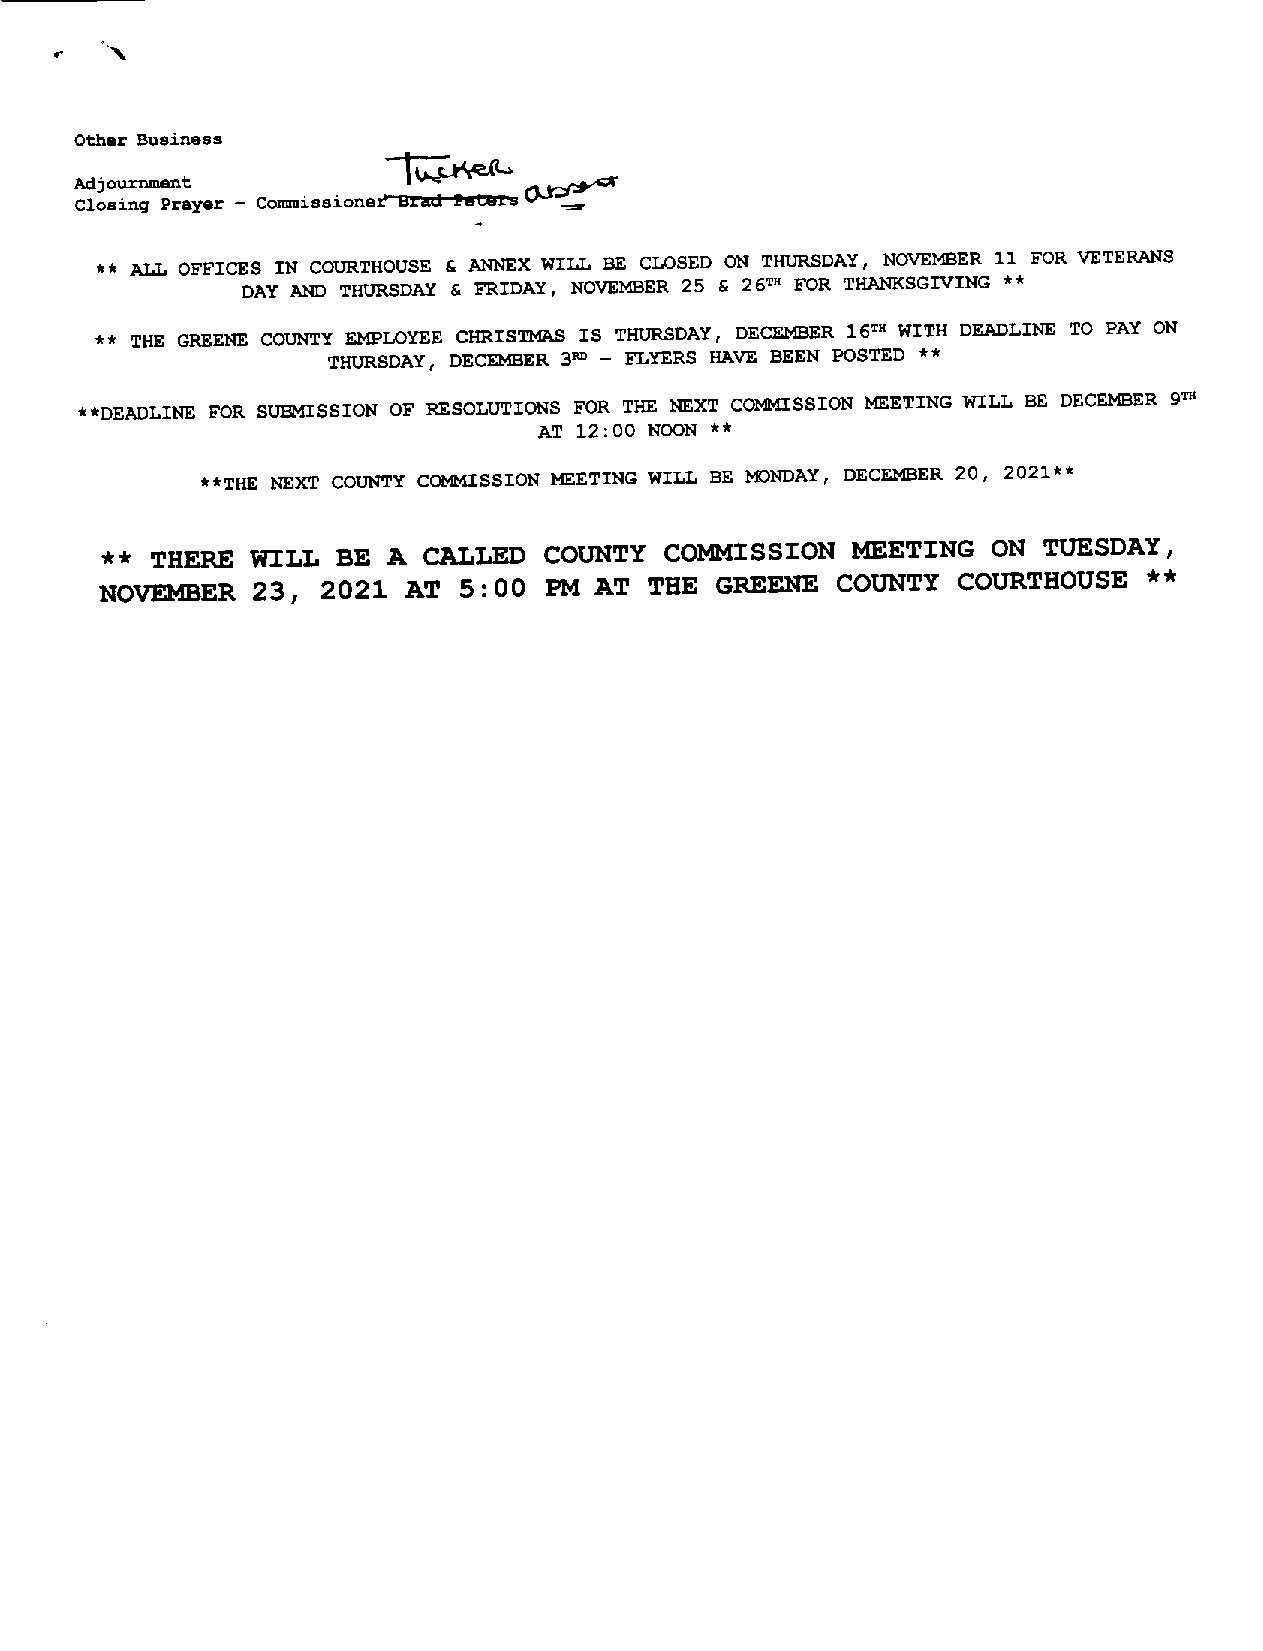
Other Business
 Adjournment
 ___________
 Closing Prayer — Coxmnissionerbsau Pt.ass (J.J.~,,,
 ** ALL OFFICES IN COURTHOUSE & ANNEX WILL BE CLOSED ON THURSDAY, NOVEMBER 11 FOR VETERANS
 DAY AND THURSDAY & FRIDAY, NOVEMBER 25 & 26TH FOR THANKSGIVING **
 ** THE GREENE COUNTY EMPLOYEE CHRISTMAS IS THURSDAY, DECEMBER T11 WITH DEADLINE TO PAY ON
 16
 THURSDAY, DECEMBER 3’° - FLYERS HAVE BEEN POSTED **
 **DEADLINE FOR SU~4ISSIONOF RESOLUTIONS FOR THE NEXT COMMISSION ~ETING WILL BE DECEMBER 9~
 AT 12:00 NOON **
 **THE NEXT COUNTY COMMISSION )‘~ETINGWILL BE MONDAY, DECEMBER 20, 2021**
 ** THERE  WILL BE  A CALLED  COUNTY  COZM2CSSION ~ETING    ON TUESDAY,
 NOVEMBER  23, 2021  AT 5:00  PM AT  THE GREENE  COUNTY  COURTHOUSE   **